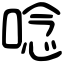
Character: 唸